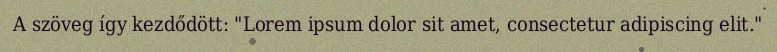
A szöveg így kezdődött: "Lorem ipsum dolor sit amet, consectetur adipiscing elit."